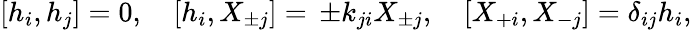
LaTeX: [h_{i},h_{j}]=0,\quad[h_{i},X_{\pm j}]=\, \pm k_{ji}X_{\pm j},\quad[X_{+i},X_{-j}]=\delta_{ij}h_{i},